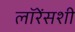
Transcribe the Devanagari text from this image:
लॉरेंसशी